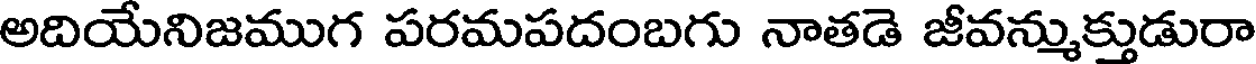
అదియేనిజముగ పరమపదంబగు నాతడె జీవన్ముక్తుడురా